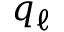
q _ { \ell }